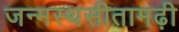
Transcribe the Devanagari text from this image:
जन्मस्थसीतामढ़ी